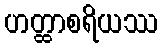
ဟတ္ထာစရိယဿ